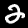
Label: 2